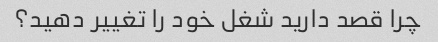
چرا قصد دارید شغل خود را تغییر دهید؟